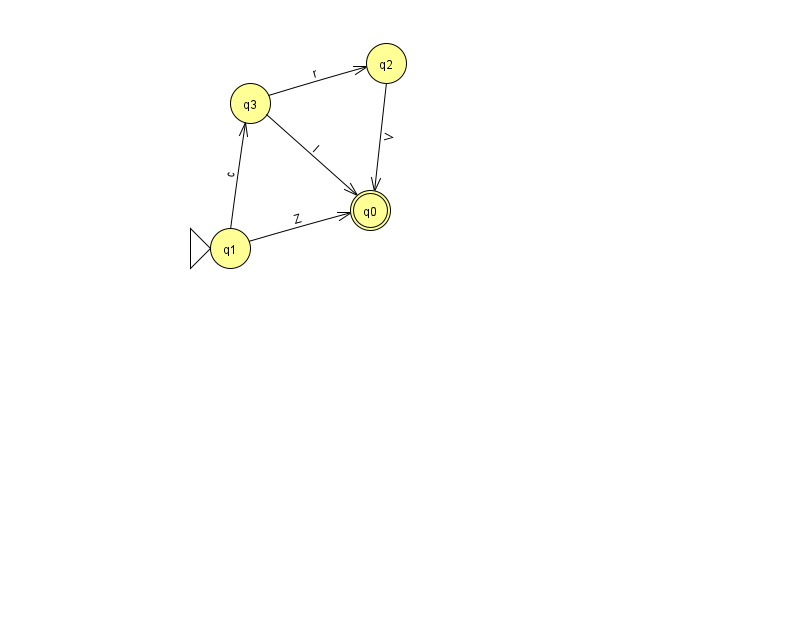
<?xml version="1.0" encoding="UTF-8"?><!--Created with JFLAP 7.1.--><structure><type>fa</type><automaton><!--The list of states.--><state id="0" name="q0"><x>370.0</x><y>197.0</y><final/></state><state id="1" name="q1"><x>230.0</x><y>235.0</y><initial/></state><state id="2" name="q2"><x>386.0</x><y>50.0</y></state><state id="3" name="q3"><x>250.0</x><y>90.0</y></state><!--The list of transitions.--><transition><from>1</from><to>0</to><read>Z</read></transition><transition><from>1</from><to>3</to><read>c</read></transition><transition><from>3</from><to>0</to><read>I</read></transition><transition><from>3</from><to>2</to><read>r</read></transition><transition><from>2</from><to>0</to><read>V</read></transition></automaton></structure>